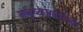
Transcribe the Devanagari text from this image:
मनुष्यजातांच्या